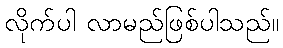
လိုက်ပါ လာမည်ဖြစ်ပါသည်။